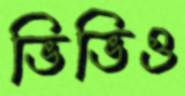
ভিভিও